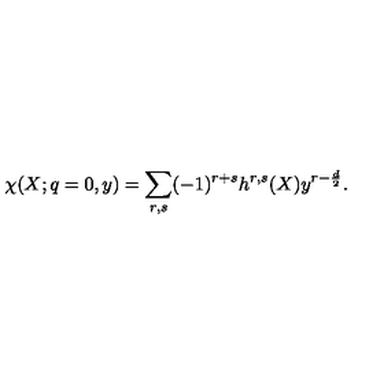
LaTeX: \chi ( X ; q = 0 , y ) = \sum _ { r , s } ( - 1 ) ^ { r + s } h ^ { r , s } ( X ) y ^ { r - \frac d 2 } .